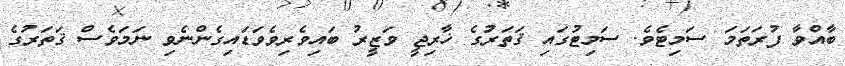
ބާއްވާ ފުރަތަމަ ސަމިޓެވެ. ސަމިޓުގައި ޤަތަރުގެ ޚާރިޖީ ވަޒީރު ބައިވެރިވެވަޑައިގެންނެވި ނަމަވެސް ޤަތަރުގެ